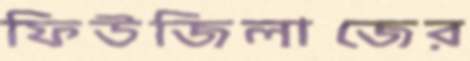
ফিউজিলাজের